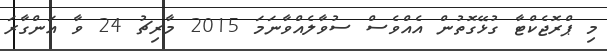
މި ޕްރޮޖެކްޓާ ގުޅޭގޮތުން އެއްވެސް ސުވާލެއްވާނަމަ 2015 މާރިޗު 24 ވާ އަންގާރަަ